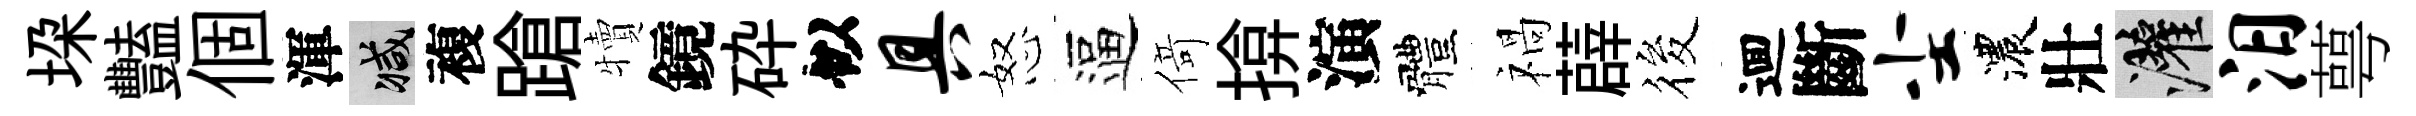
垜豔個渾减複蹌犢鏡砕似具怒逼𠋣揜演體禍薜筱逥斷尘濃壯灌汨萼